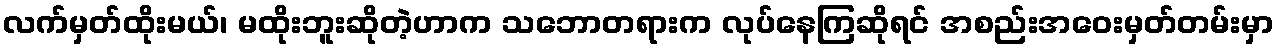
လက်မှတ်ထိုးမယ်၊ မထိုးဘူးဆိုတဲ့ဟာက သဘောတရားက လုပ်နေကြဆိုရင် အစည်းအဝေးမှတ်တမ်းမှာ